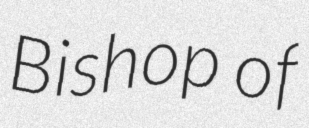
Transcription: Bishop of